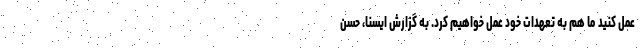
عمل کنید ما هم به تعهدات خود عمل خواهیم کرد. به گزارش ایسنا، حسن